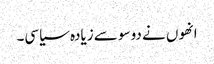
انھوں نے دو سو سے زیادہ سیاسی۔